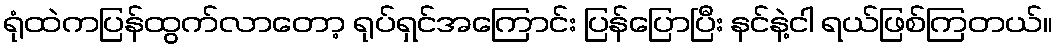
ရုံထဲကပြန်ထွက်လာတော့ ရုပ်ရှင်အကြောင်း ပြန်ပြောပြီး နင်နဲ့ငါ ရယ်ဖြစ်ကြတယ်။